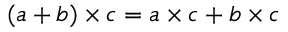
( a + b ) \times c = a \times c + b \times c